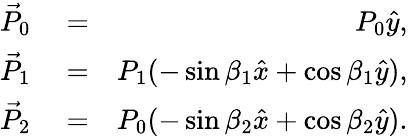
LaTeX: \begin{array}{rlr}{\vec{P}_{0}}&{{}=}&{P_{0}\hat{y},}\\ {\vec{P}_{1}}&{{}=}&{P_{1}(-\sin\beta_{1}\hat{x}+\cos\beta_{1}\hat{y}),}\\ {\vec{P}_{2}}&{{}=}&{P_{0}(-\sin\beta_{2}\hat{x}+\cos\beta_{2}\hat{y}).}\end{array}